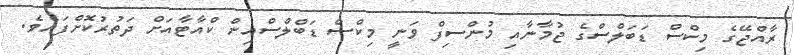
ރާއްޖޭގެ މިކްސް ޑަބަލްސްގެ ޖުމާނާއި މުންސިފް ވަނީ މިކްސް ޑަބްލްސްއިން ކްއާޓާއަށް ދަތުރުކޮށްފައެވެ.